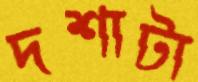
দশাটা